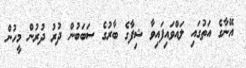
އޭނާގެ އަތުގައި ލައްވައިފައިވާ ޝިފާގެ ބާރުގެ ސަބަބުން ދުރު ދުރުން މީހުން